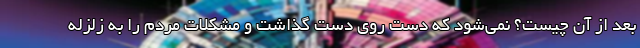
بعد از آن چیست؟ نمی‌شود که دست روی دست گذاشت و مشکلات مردم را به زلزله